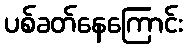
ပစ်ခတ်နေကြောင်း